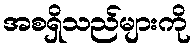
အစရှိသည်များကို